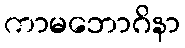
ကာမဘောဂိနာ